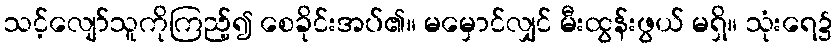
သင့်လျော်သူကိုကြည့်၍ စေခိုင်းအပ်၏။ မမှောင်လျှင် မီးထွန်းဖွယ် မရှိ။ သုံးရေ၌